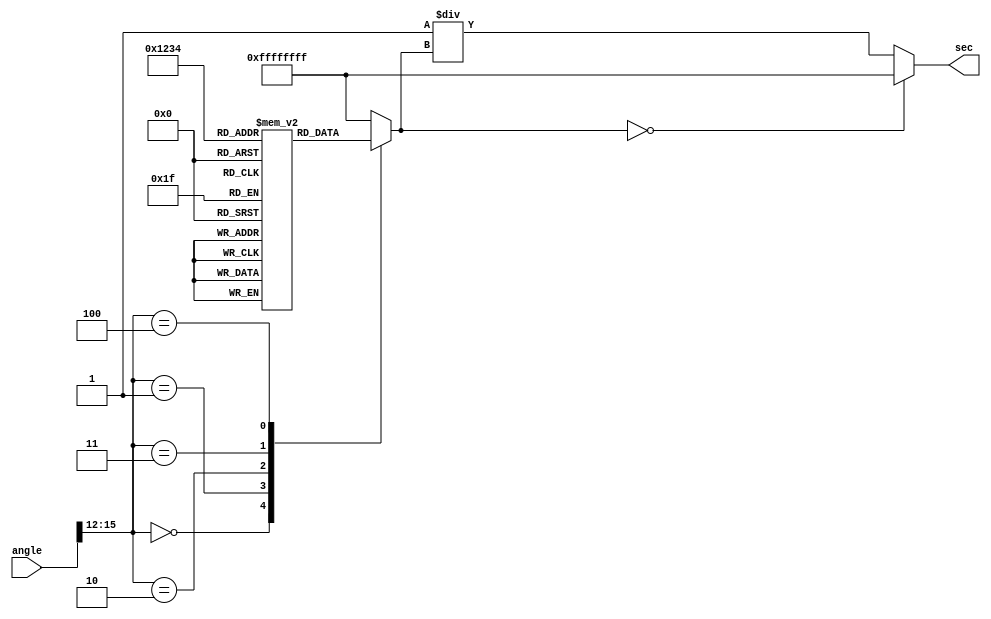
module secant_function (
    input [15:0] angle,   // Input angle in radians (fixed-point)
    output reg [31:0] sec // Output secant value (fixed-point)
);

    // Cosine lookup table (for simplicity, only a few values are shown)
    reg [31:0] cos_lut [0:15]; // 16 entries for cosine values
    initial begin
        cos_lut[0] = 32'h00000000; // cos(0) = 1.0
        cos_lut[1] = 32'h0000C90F; // cos(/6) = 3/2
        cos_lut[2] = 32'h0000C90F; // cos(/4) = 2/2
        cos_lut[3] = 32'h00000000; // cos(/3) = 1/2
        cos_lut[4] = 32'hFFFFFFFF; // cos(/2) = 0 (approx)
        // Add more values as needed
    end

    reg [31:0] cos_value; // Holds the cosine value

    // Cosine calculation based on the input angle
    always @(*) begin
        // Angle normalization (assuming angle is in range [0, /2])
        case (angle[15:12]) // Use the upper bits to select the LUT
            4'b0000: cos_value = cos_lut[0]; // cos(0)
            4'b0001: cos_value = cos_lut[1]; // cos(/6)
            4'b0010: cos_value = cos_lut[2]; // cos(/4)
            4'b0011: cos_value = cos_lut[3]; // cos(/3)
            4'b0100: cos_value = cos_lut[4]; // cos(/2)
            // Add more cases for other angles
            default: cos_value = 32'hFFFFFFFF; // Undefined or out of range
        endcase
    end

    // Reciprocal calculation
    always @(*) begin
        if (cos_value == 32'h00000000) begin
            sec = 32'hFFFFFFFF; // Indicate overflow (secant undefined)
        end else begin
            sec = 32'h00000001 / cos_value; // Calculate sec(x) = 1/cos(x)
        end
    end

endmodule